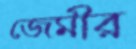
জেমীর